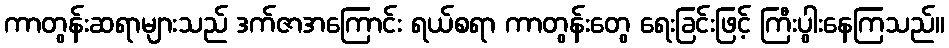
ကာတွန်းဆရာများသည် ဒက်ဇာအကြောင်း ရယ်စရာ ကာတွန်းတွေ ရေးခြင်းဖြင့် ကြီးပွါးနေကြသည်။